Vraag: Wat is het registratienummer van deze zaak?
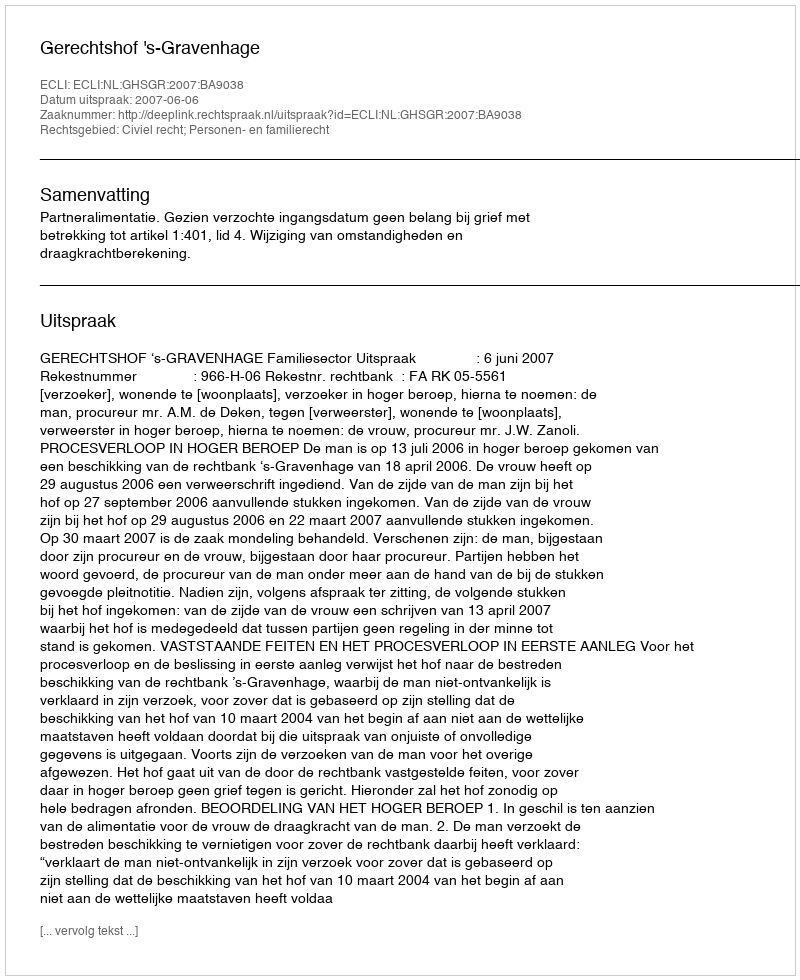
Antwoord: http://deeplink.rechtspraak.nl/uitspraak?id=ECLI:NL:GHSGR:2007:BA9038